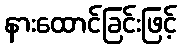
နားထောင်ခြင်းဖြင့်